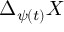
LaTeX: \Delta _ { \psi ( t ) } X